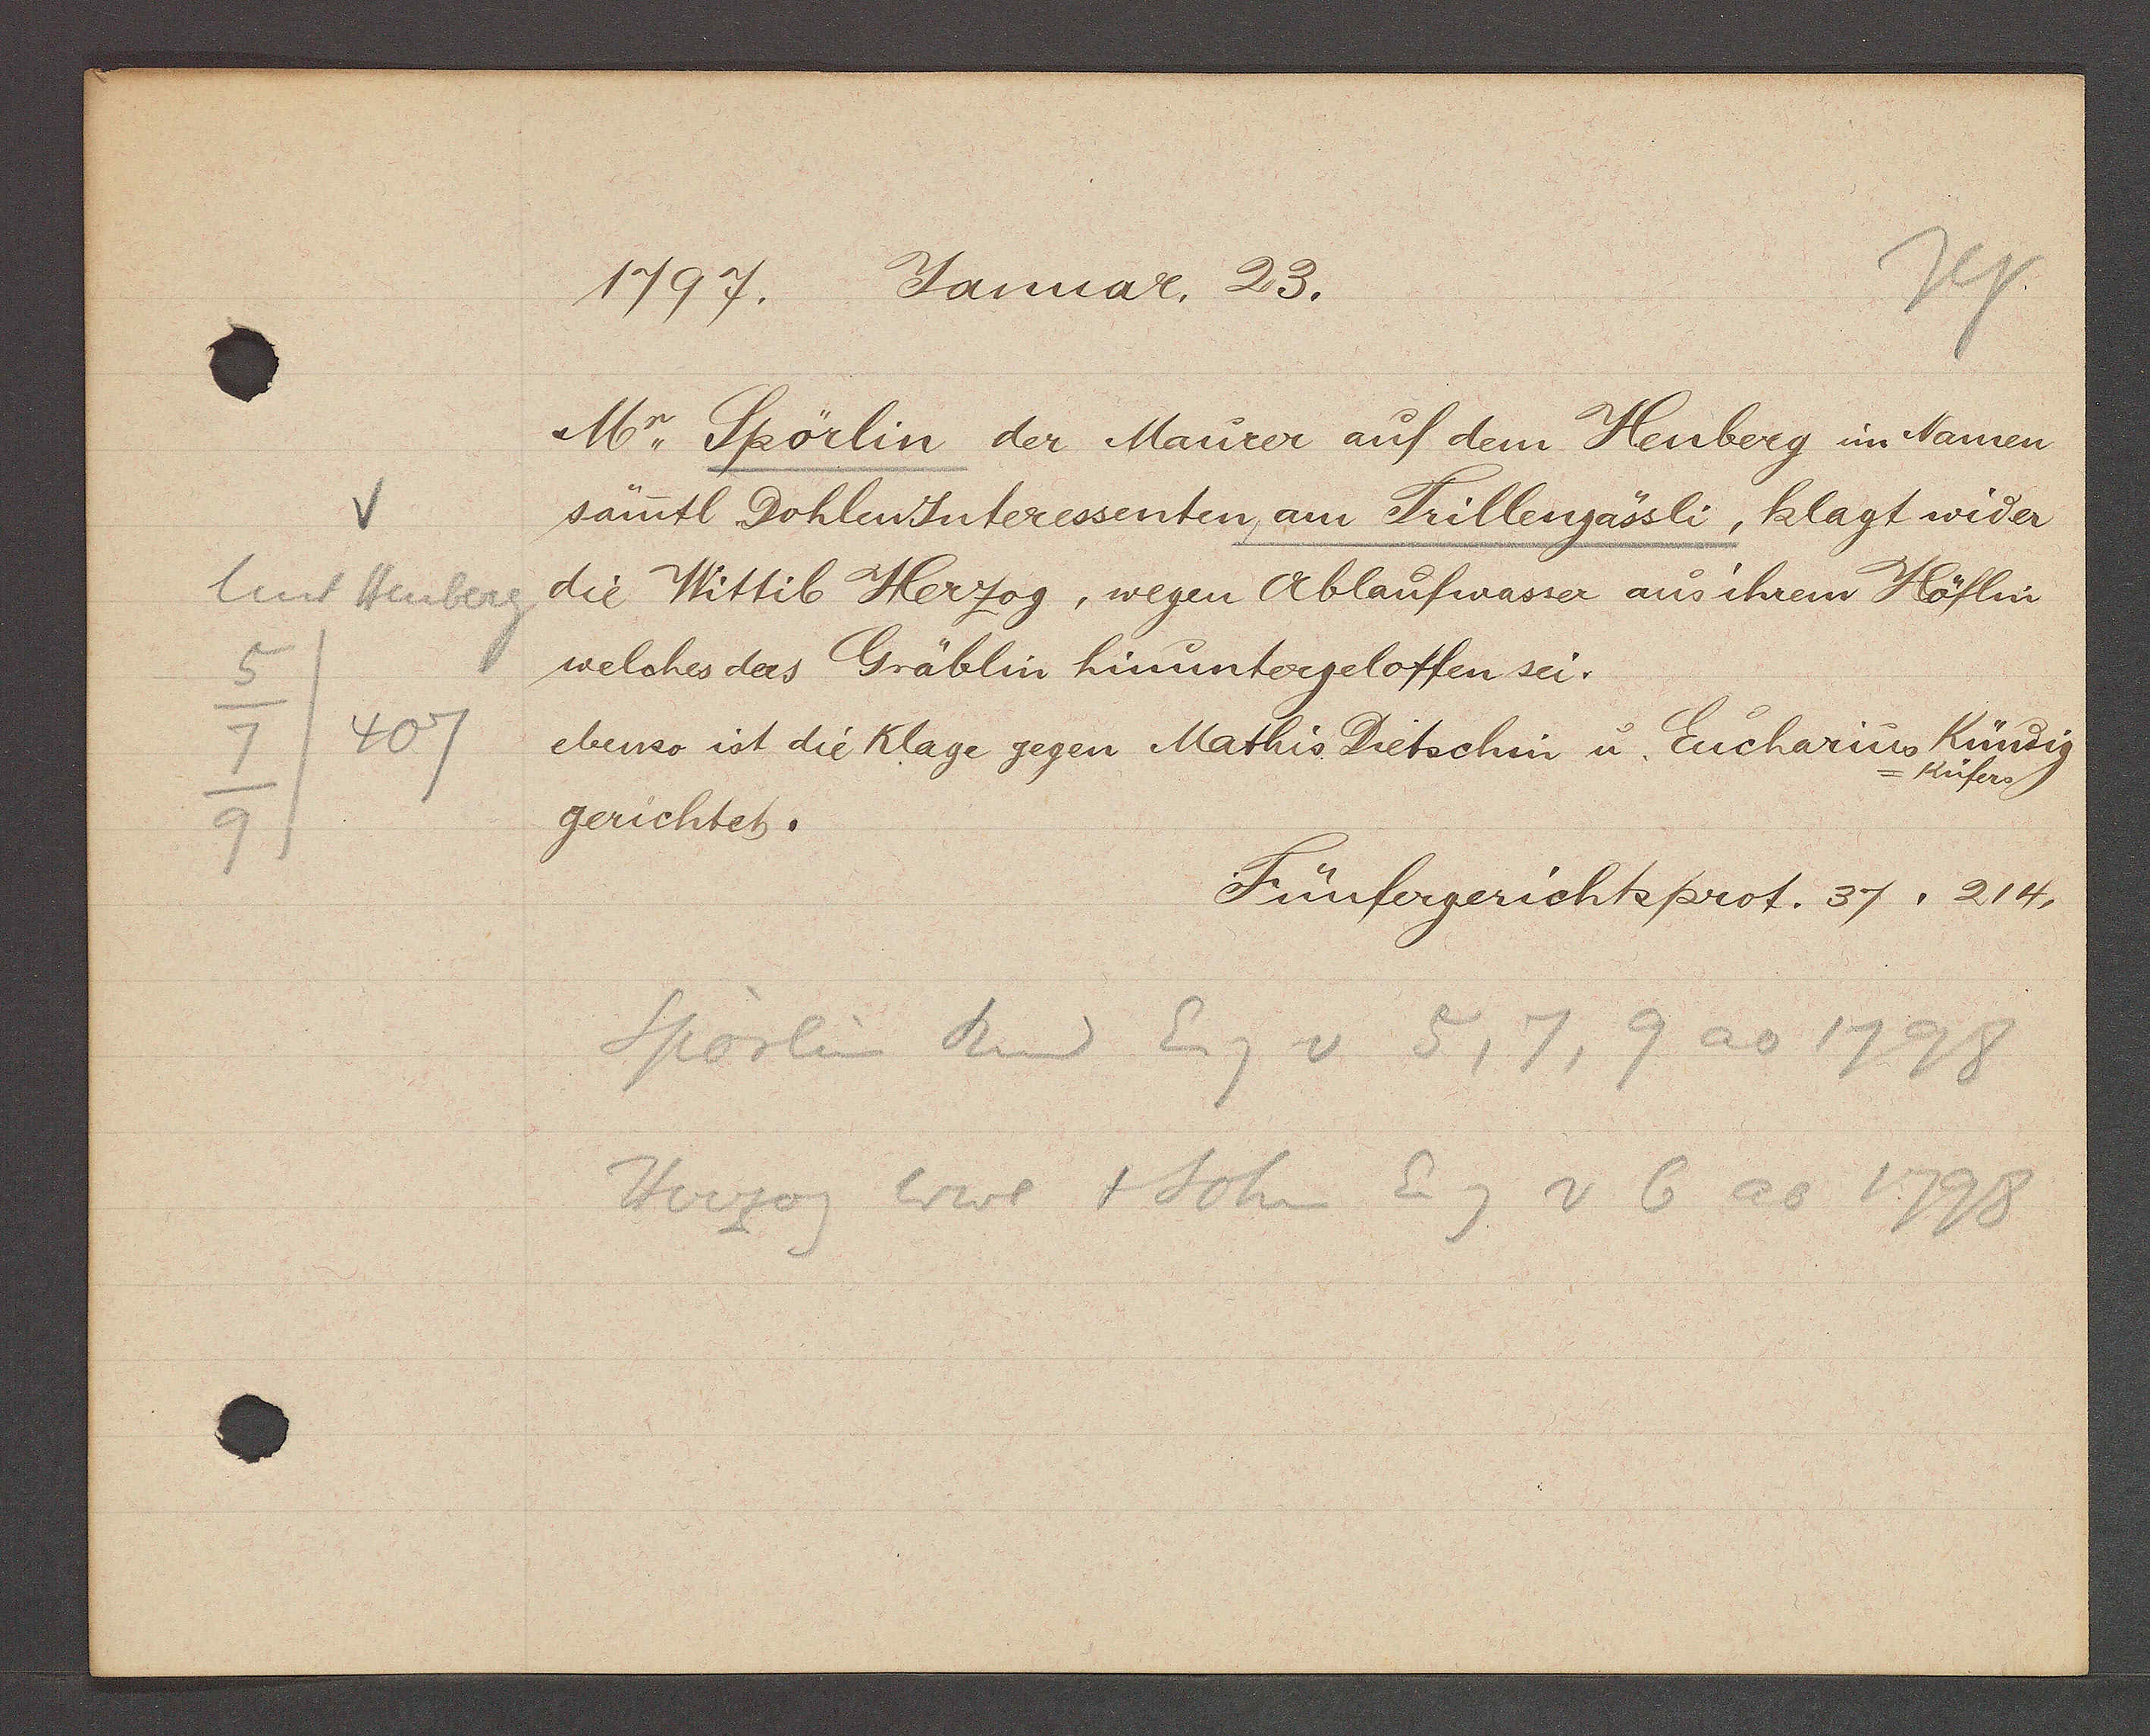
Transcript:
V
Unt Heuberg
5
7/407
9

1797. Januar, 23.

M. Spörlin der Maurer auf dem Heuberg im NNamen
sämtl DohlenInteressenten, am Trillengässli, klagt wider
die Wittib Herzog, wegen Ablaufwasser aus ihrem Höflin
welches das Gräblin hinuntergeloffen sei.
ebenso ist die Klage gegen Mathis Dietschin u. Eucharius Kündig
Küfers
gerichtet.

Fünfergerichtsprot. 37. 214.

Spörlin Rud Eig v 5, 7, 9 ao 1798
Herzog Wwe + Sohn Eig v 6 ao 1798